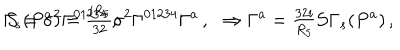
\Gamma _ { s } ( P ^ { a } ) = { \textstyle \frac { i R _ { 5 } } { 3 2 } } \sigma ^ { 2 } \Gamma ^ { 0 1 2 3 4 } \Gamma ^ { a } \, , \, \, \, \, \Rightarrow \Gamma ^ { a } = { \textstyle \frac { 3 2 i } { R _ { 5 } } } \mathcal { S } \Gamma _ { s } ( P ^ { a } ) \, , \hspace { 1 c m } \mathcal { S } = \sigma ^ { 2 } \Gamma ^ { 0 1 2 3 4 } \, ,